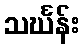
သင်္ဃန်း